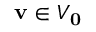
\mathbf { v } \in V _ { \mathbf { 0 } }